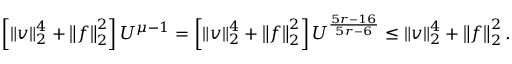
\left[ \left\lVert \boldsymbol { v } \right\rVert _ { 2 } ^ { 4 } + \left\lVert \boldsymbol { f } \right\rVert _ { 2 } ^ { 2 } \right] U ^ { \mu - 1 } = \left[ \left\lVert \boldsymbol { v } \right\rVert _ { 2 } ^ { 4 } + \left\lVert \boldsymbol { f } \right\rVert _ { 2 } ^ { 2 } \right] U ^ { \frac { 5 r - 1 6 } { 5 r - 6 } } \leq \left\lVert \boldsymbol { v } \right\rVert _ { 2 } ^ { 4 } + \left\lVert \boldsymbol { f } \right\rVert _ { 2 } ^ { 2 } .